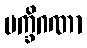
ပက္ခိဂဏာ